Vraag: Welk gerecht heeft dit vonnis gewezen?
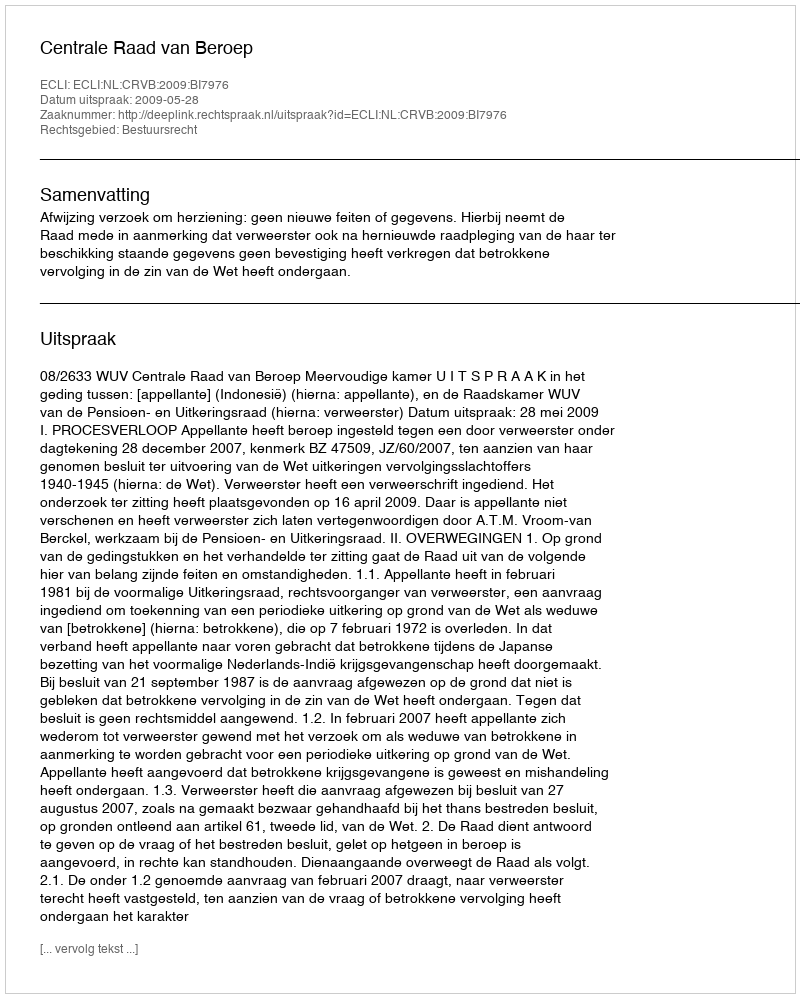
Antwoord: Centrale Raad van Beroep